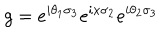
LaTeX: g = e ^ { i \theta _ { 1 } \sigma _ { 3 } } e ^ { i x \sigma _ { 2 } } e ^ { i \theta _ { 2 } \sigma _ { 3 } }